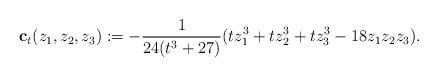
LaTeX: \begin{align*}{\mathbf c}_t(z_1,z_2,z_3):=-\frac{1}{24(t^3+27)}(tz_1^3+tz_2^3+tz_3^3-18z_1z_2z_3).\end{align*}